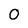
Character: 0